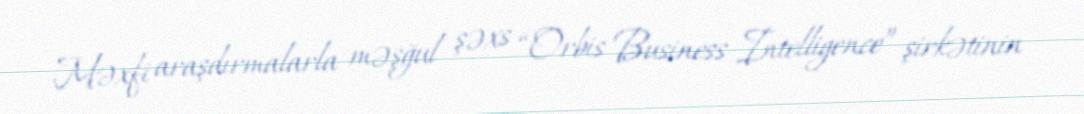
Məxfi araşdırmalarla məşğul şəxs “Orbis Business Intelligence” şirkətinin